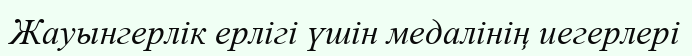
Жауынгерлік ерлігі үшін медалінің иегерлері